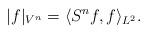
LaTeX: \begin{align*}|f|_{V^n}=\langle S^nf,f\rangle_{L^2}.\end{align*}